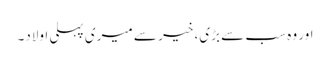
اور وہ سب سے بڑی، خیر سے میری پہلی اولاد۔